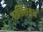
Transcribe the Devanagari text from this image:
बर्कीलियम